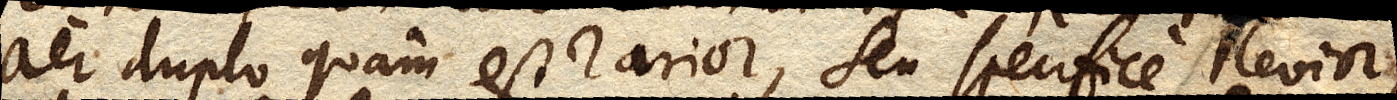
aer duplo quam est rarior, seu specifice levior,